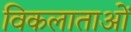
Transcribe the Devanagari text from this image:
विकलाताओं